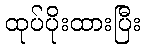
ထုပ်ပိုးထားပြီး